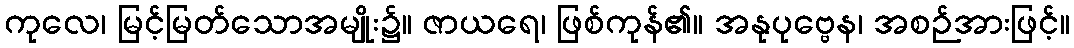
ကုလေ၊ မြင့်မြတ်သောအမျိုး၌။ ဇာယရေ၊ ဖြစ်ကုန်၏။ အနုပုဗ္ဗေန၊ အစဉ်အားဖြင့်။